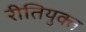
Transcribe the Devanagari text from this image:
रीतियुक्त